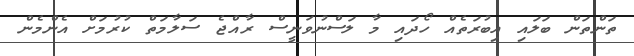
ތަންތަން ބަލައި އިބުރަތެއް ހޯދައި މާ ލަސްނުވަނީސް ރާއްޖެ ސަލާމަތް ކުރުމަށް އެންމެން